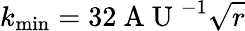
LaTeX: k_{\operatorname*{min}}=32\mathrm{~A~U~}^{-1}\sqrt{r}